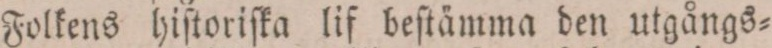
Folkens hiſtoriſka lif beſtämma den utgångs=